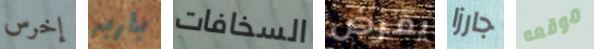
إخرس باربر السخافات يمرض جارزا موقعه